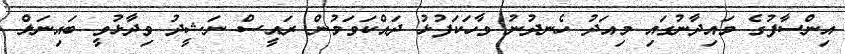
އިންސާފުގެ މައިދާނުގައި މިއަދު ހެނދުނު ވާހަކަފުޅު ދައްކަވަމުން ރައީސް ނަޝީދު ވިދާޅުވީ ބައިނަލް